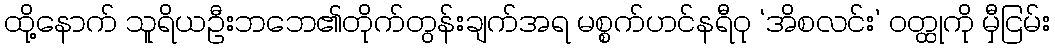
ထို့နောက် သူရိယဦးဘဘေ၏တိုက်တွန်းချက်အရ မစ္စက်ဟင်နရီဝု ‘အိစလင်း’ ဝတ္ထုကို မှီငြမ်း